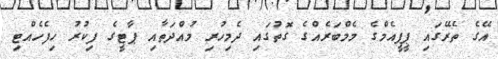
އޭގެ ތެރޭގައި ޕީޕީއެމްގެ މެމްބަރެއްގެ ގޮތުގައި ދެމިހުރި މުއްދަތާއި ޕާޓީގެ ފިކުރު ހިފެހެއްޓި